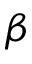
\beta